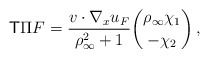
\begin{align*} \mathsf{T}\Pi F =\frac{v\cdot\nabla_x u_F}{\rho_\infty^2 + 1} \binom{\rho_\infty \chi_1}{-\chi_2} \,,\end{align*}